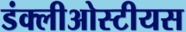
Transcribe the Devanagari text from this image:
डंक्लीओस्टीयस